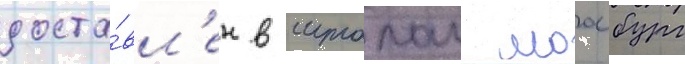
доста́вл'ен в шталаг моосбург